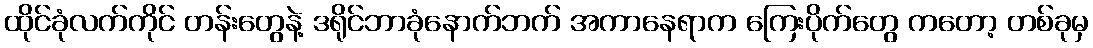
ထိုင်ခုံလက်ကိုင် တန်းတွေနဲ့ ဒရိုင်ဘာခုံနောက်ဘက် အကာနေရာက ကြေးပိုက်တွေ ကတော့ တစ်ခုမှ